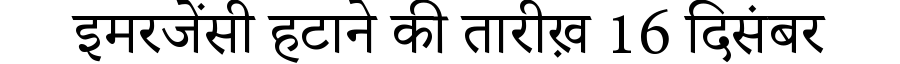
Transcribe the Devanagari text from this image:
इमरजेंसी हटाने की तारीख़ 16 दिसंबर